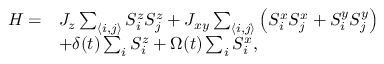
\begin{array} { r l } { H = } & { J _ { z } \sum _ { \langle i , j \rangle } S _ { i } ^ { z } S _ { j } ^ { z } + J _ { x y } \sum _ { \langle i , j \rangle } \left( S _ { i } ^ { x } S _ { j } ^ { x } + S _ { i } ^ { y } S _ { j } ^ { y } \right) } \\ & { + \delta ( t ) \sum _ { i } S _ { i } ^ { z } + \Omega ( t ) \sum _ { i } S _ { i } ^ { x } , } \end{array}